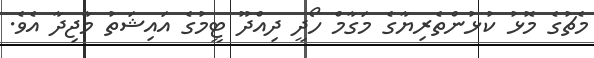
މެޗުގެ މޮޅު ކުޅުންތެރިޔާގެ މަގާމް ހޯދީ ދިއްދޫ ޓީމުގެ އައިޝަތު މާޖިދާ އެެވެ.